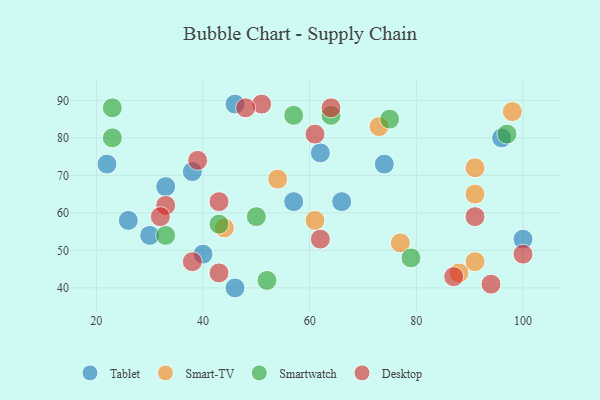
{"axis": {"x": "GDP", "y": "Life Expectancy"}, "legend": ["Desktop", "Smart-TV", "Smartwatch", "Tablet"], "data": [{"x": "66", "y": 63, "type": "Tablet"}, {"x": "100", "y": 53, "type": "Tablet"}, {"x": "46", "y": 40, "type": "Tablet"}, {"x": "22", "y": 73, "type": "Tablet"}, {"x": "74", "y": 73, "type": "Tablet"}, {"x": "96", "y": 80, "type": "Tablet"}, {"x": "46", "y": 89, "type": "Tablet"}, {"x": "30", "y": 54, "type": "Tablet"}, {"x": "40", "y": 49, "type": "Tablet"}, {"x": "57", "y": 63, "type": "Tablet"}, {"x": "26", "y": 58, "type": "Tablet"}, {"x": "38", "y": 71, "type": "Tablet"}, {"x": "62", "y": 76, "type": "Tablet"}, {"x": "33", "y": 67, "type": "Tablet"}, {"x": "88", "y": 44, "type": "Smart-TV"}, {"x": "54", "y": 69, "type": "Smart-TV"}, {"x": "98", "y": 87, "type": "Smart-TV"}, {"x": "73", "y": 83, "type": "Smart-TV"}, {"x": "77", "y": 52, "type": "Smart-TV"}, {"x": "44", "y": 56, "type": "Smart-TV"}, {"x": "61", "y": 58, "type": "Smart-TV"}, {"x": "91", "y": 47, "type": "Smart-TV"}, {"x": "91", "y": 65, "type": "Smart-TV"}, {"x": "91", "y": 72, "type": "Smart-TV"}, {"x": "75", "y": 85, "type": "Smartwatch"}, {"x": "43", "y": 57, "type": "Smartwatch"}, {"x": "79", "y": 48, "type": "Smartwatch"}, {"x": "57", "y": 86, "type": "Smartwatch"}, {"x": "33", "y": 54, "type": "Smartwatch"}, {"x": "23", "y": 80, "type": "Smartwatch"}, {"x": "52", "y": 42, "type": "Smartwatch"}, {"x": "50", "y": 59, "type": "Smartwatch"}, {"x": "64", "y": 86, "type": "Smartwatch"}, {"x": "23", "y": 88, "type": "Smartwatch"}, {"x": "97", "y": 81, "type": "Smartwatch"}, {"x": "94", "y": 41, "type": "Desktop"}, {"x": "43", "y": 63, "type": "Desktop"}, {"x": "51", "y": 89, "type": "Desktop"}, {"x": "43", "y": 44, "type": "Desktop"}, {"x": "33", "y": 62, "type": "Desktop"}, {"x": "48", "y": 88, "type": "Desktop"}, {"x": "100", "y": 49, "type": "Desktop"}, {"x": "62", "y": 53, "type": "Desktop"}, {"x": "32", "y": 59, "type": "Desktop"}, {"x": "64", "y": 88, "type": "Desktop"}, {"x": "91", "y": 59, "type": "Desktop"}, {"x": "39", "y": 74, "type": "Desktop"}, {"x": "87", "y": 43, "type": "Desktop"}, {"x": "61", "y": 81, "type": "Desktop"}, {"x": "38", "y": 47, "type": "Desktop"}]}